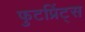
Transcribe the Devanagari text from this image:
फुटप्रिंट्स